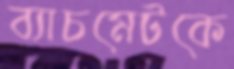
ব্যাচমেটকে